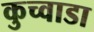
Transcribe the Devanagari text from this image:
कुच्वाडा